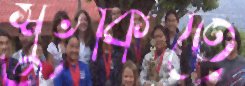
শুঁকিতে